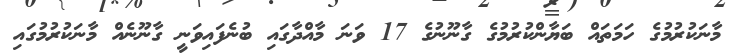
މާނަކުރުމުގެ ހަމަތައް ބަޔާންކުރުމުގެ ގާނޫނުގެ 17 ވަނަ މާއްދާގައި ބުނެފައިވަނީ ގާނޫނެއް މާނަކުރުމުގައި